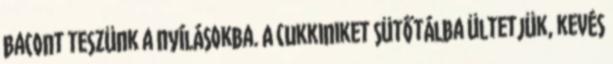
bacont teszünk a nyílásokba. A cukkiniket sütőtálba ültetjük, kevés